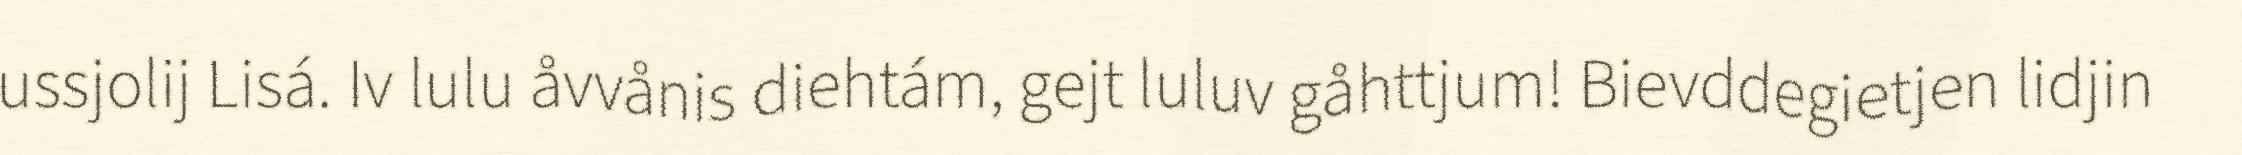
ussjolij Lisá. Iv lulu åvvånis diehtám, gejt luluv gåhttjum! Bievddegietjen lidjin